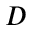
D